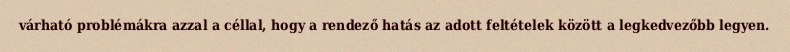
várható problémákra azzal a céllal, hogy a rendező hatás az adott feltételek között a legkedvezőbb legyen.